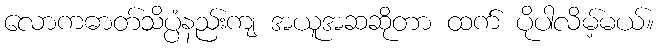
လောကဓာတ်သိပ္ပံနည်းကျ အယူအဆဆိုတာ ထက် ပိုပါလိမ့်မယ်။